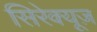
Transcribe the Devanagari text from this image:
सिरेक्यूज़